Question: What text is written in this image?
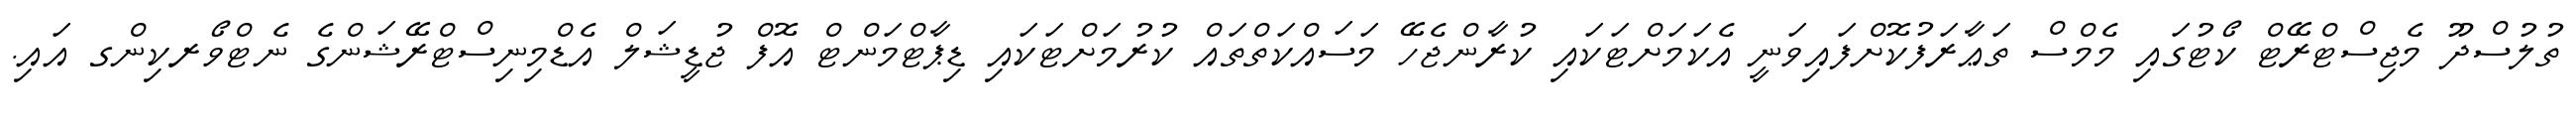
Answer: ތުލުސްދޫ މެޖިސްޓްރޭޓް ކޯޓުގައި މެމްސް ތަޢާރަފުކޮށްފައިވަނީ އެކަމަށްޓަކައި ކުރާންޖެހޭ މަސައްކަތްތައް ކުރުމަށްޓަކައި ޑިޕާޓްމަންޓް އޮފް ޖުޑީޝަލް އެޑްމިނިސްޓްރޭޝަންގެ ނެޓްވޯރކިންގ އައި.